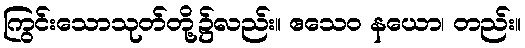
ကြွင်းသောသုတ်တို့၌လည်း။ ဧသေဝ နယော၊ တည်း။